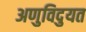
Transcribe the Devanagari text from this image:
अणुविदुयत